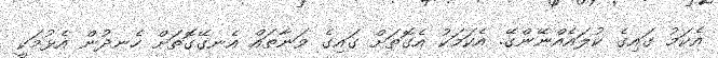
އެކަމު ގައިގެ ކުލައެއްނޭންގޭ. އެކަމަކު އެގޮތަށް ގައިގެ ވަނާތައް އެނގޭގޮތަށް ހެނދުން އެޅުމަކީ